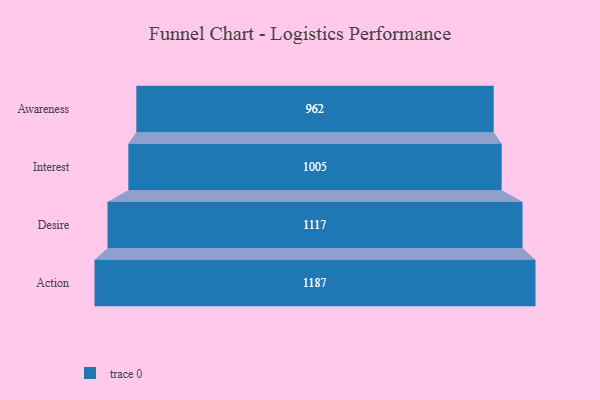
{"axis": {"x": "Stage", "y": "Value"}, "legend": [""], "data": [{"x": "Awareness", "y": 962.0, "type": ""}, {"x": "Interest", "y": 1005.0, "type": ""}, {"x": "Desire", "y": 1117.0, "type": ""}, {"x": "Action", "y": 1187.0, "type": ""}]}